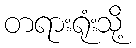
တရားရုံးသို့